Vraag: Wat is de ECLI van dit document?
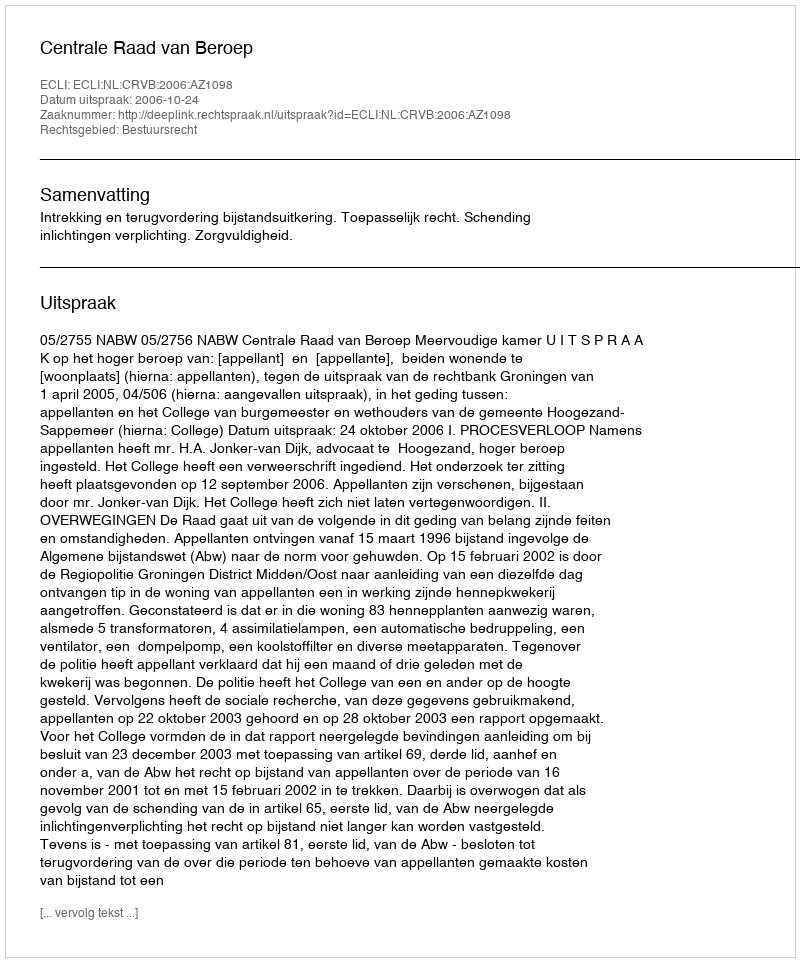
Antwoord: ECLI:NL:CRVB:2006:AZ1098